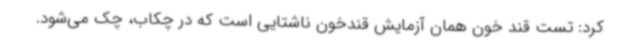
کرد: تست قند خون همان آزمایش قندخون ناشتایی است که در چکاب، چک می‌شود.